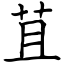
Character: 苴